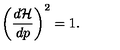
\left( \frac { d { \cal H } } { d p } \right) ^ { 2 } = 1 .